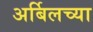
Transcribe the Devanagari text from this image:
अर्बिलच्या